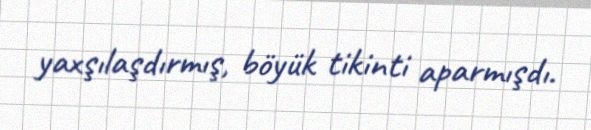
yaxşılaşdırmış, böyük tikinti aparmışdı.